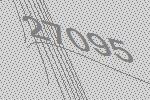
27095